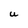
Character: U